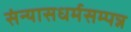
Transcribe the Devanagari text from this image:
संन्यासधर्मसम्पन्न